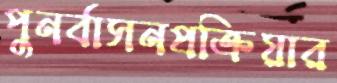
পুনর্বাসনপ্রক্রিয়ার